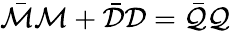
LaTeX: \bar{\cal M}{\cal M}+\bar{\cal D}{\cal D}=\bar{\cal Q}{\cal Q}